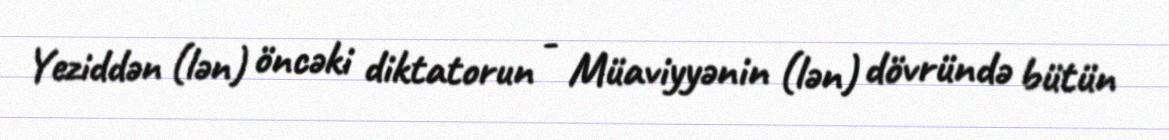
Yeziddən (lən) öncəki diktatorun - Müaviyyənin (lən) dövründə bütün